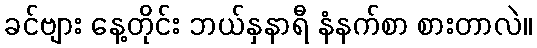
ခင်ဗျား နေ့တိုင်း ဘယ်နှနာရီ နံနက်စာ စားတာလဲ။